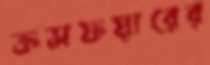
ক্রসফয়ারের